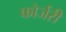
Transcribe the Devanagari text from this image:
फोर्जरी